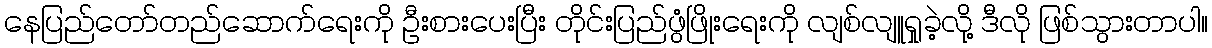
နေပြည်တော်တည်ဆောက်ရေးကို ဦးစားပေးပြီး တိုင်းပြည်ဖွံဖြိုးရေးကို လျစ်လျူရှုခဲ့လို့ ဒီလို ဖြစ်သွားတာပါ။